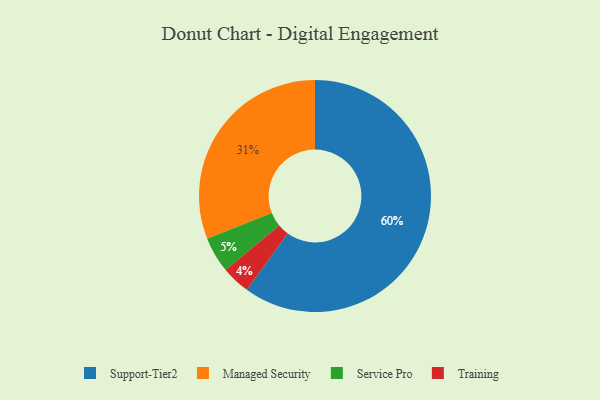
{"axis": {"x": "Category", "y": "Percentage"}, "legend": ["Managed Security", "Service Pro", "Support-Tier2", "Training"], "data": [{"x": "Training", "y": 4, "type": "Training"}, {"x": "Service Pro", "y": 5, "type": "Service Pro"}, {"x": "Support-Tier2", "y": 60, "type": "Support-Tier2"}, {"x": "Managed Security", "y": 31, "type": "Managed Security"}]}